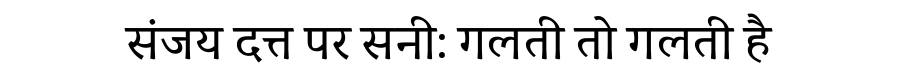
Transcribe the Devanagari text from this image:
संजय दत्त पर सनी: गलती तो गलती है